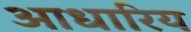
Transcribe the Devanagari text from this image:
आधारिय